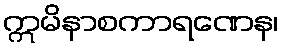
ဣမိနာစကာရဏေန၊